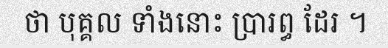
ថា បុគ្គល ទាំងនោះ ប្រារព្ធ ដែរ ។